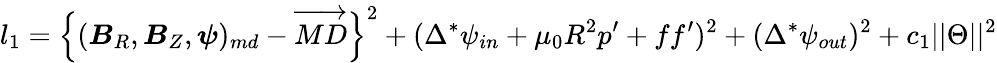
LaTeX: l_{1}=\Big\{ (\boldsymbol{B}_{R},\boldsymbol{B}_{Z},\boldsymbol{\psi})_{md}-\overrightarrow{MD}\Big\} ^{2}+(\Delta^{*}\psi_{in}+\mu_{0}R^{2}p^{\prime}+ff^{\prime})^{2}+(\Delta^{*}\psi_{out})^{2}+c_{1}||\Theta||^{2}